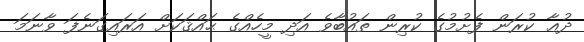
ދުޢާ ކުރަން ފެށުމުގެ ކުރިން ތައުބާވެ އަދި މީހެއްގެ ޙައްޤަކަށް އަރައިގަނެފަ ވާނަމަ